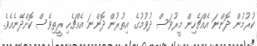
ކުރުމުން ދޮންނަ އެއްޗެހިން މީރުވަސް ދުވުމުގެ އިތުރުން ދޮންނަ އެއްޗެހި ރީތިވެސް ކޮށްދޭނެއެވެ.